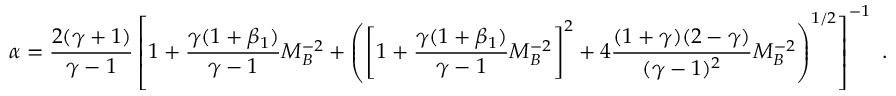
\alpha = \frac { 2 ( \gamma + 1 ) } { \gamma - 1 } \left[ 1 + \frac { \gamma ( 1 + \beta _ { 1 } ) } { \gamma - 1 } M _ { B } ^ { - 2 } + \left( \left[ 1 + \frac { \gamma ( 1 + \beta _ { 1 } ) } { \gamma - 1 } M _ { B } ^ { - 2 } \right] ^ { 2 } + 4 \frac { ( 1 + \gamma ) ( 2 - \gamma ) } { ( \gamma - 1 ) ^ { 2 } } M _ { B } ^ { - 2 } \right) ^ { 1 / 2 } \right] ^ { - 1 } \ .